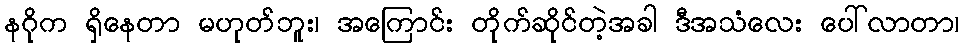
နဂိုက ရှိနေတာ မဟုတ်ဘူး၊ အကြောင်း တိုက်ဆိုင်တဲ့အခါ ဒီအသံလေး ပေါ်လာတာ၊